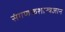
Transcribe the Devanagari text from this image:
संगणकशास्त्रज्ञाने